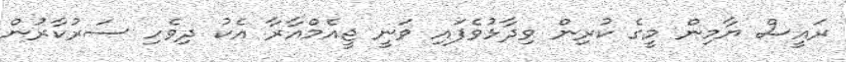
ރައީސް ޔާމިން މީގެ ކުރިން ވިދާޅުވެފައި ވަނީ ޖީއެމްއާރާ އެކު ދިވެހި ސަރުކާރުން